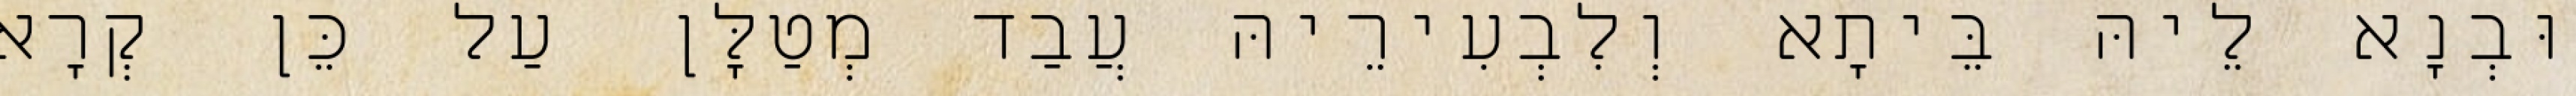
וּבְנָא לֵיהּ בֵּיתָא וְלִבְעִירֵיהּ עֲבַד מְטַלָּן עַל כֵּן קְרָא